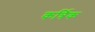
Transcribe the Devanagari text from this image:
कर्त्रिक